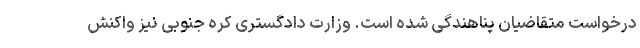
درخواست‌ متقاضیان پناهندگی شده است. وزارت دادگستری کره جنوبی نیز واکنش